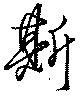
斯